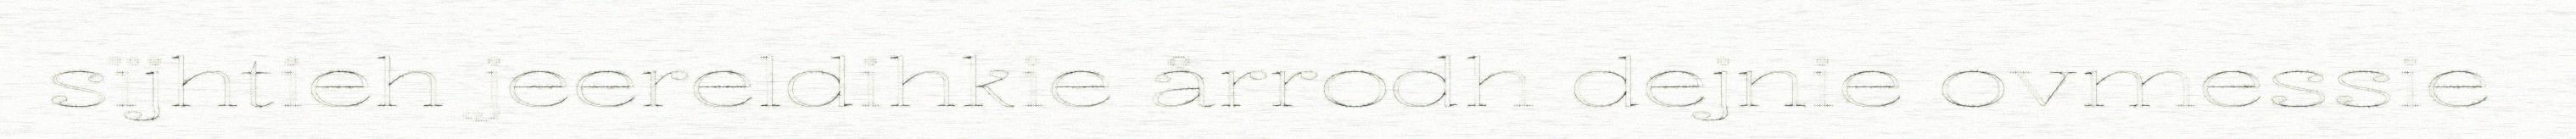
sïjhtieh jeereldihkie årrodh dejnie ovmessie